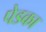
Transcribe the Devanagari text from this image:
पेडका